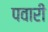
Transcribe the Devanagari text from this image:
पवारी